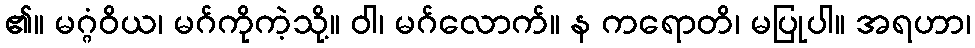
၏။ မဂ္ဂံဝိယ၊ မဂ်ကိုကဲ့သို့။ ဝါ၊ မဂ်လောက်။ န ကရောတိ၊ မပြုပါ။ အရဟာ၊